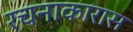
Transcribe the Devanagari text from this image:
रचनाकारास